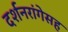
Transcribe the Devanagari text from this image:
दर्शनरांगेसह